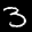
Label: 3